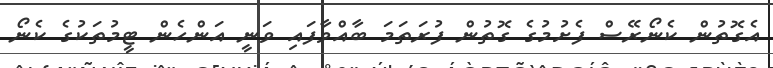
އެގޮތުން ކެނޯރޭސް ފެށުމުގެ ގޮތުން ފުރަތަމަ ބާއްވާފައި ވަނީ އަންހެން ޓީމުތަކުގެ ކެނޯ